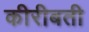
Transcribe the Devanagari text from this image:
कीरीबती